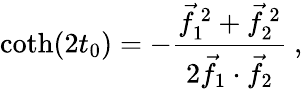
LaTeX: \coth(2t_{0})=-{\frac{{\vec{f}}_{1}^{\, 2}+{\vec{f}}_{2}^{\, 2}}{2{\vec{f}}_{1}\cdot{\vec{f}}_{2}}}\ ,